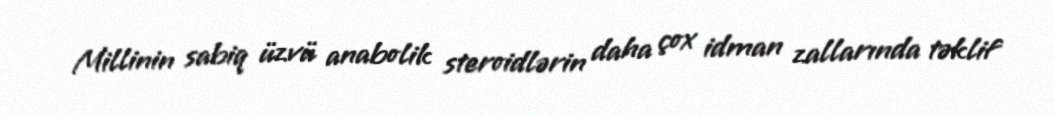
Millinin sabiq üzvü anabolik steroidlərin daha çox idman zallarında təklif